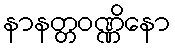
နာနတ္တဝဏ္ဏိနော